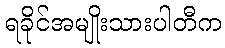
ရခိုင်အမျိုးသားပါတီက